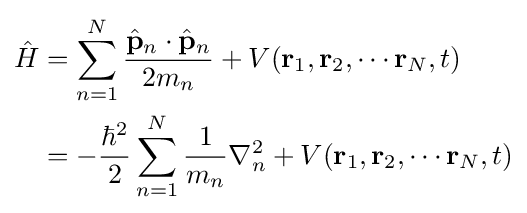
{\begin{aligned}{\hat {H}}&=\sum _{n=1}^{N}{\frac {{\hat {\mathbf {p} }}_{n}\cdot {\hat {\mathbf {p} }}_{n}}{2m_{n}}}+V(\mathbf {r} _{1},\mathbf {r} _{2},\cdots \mathbf {r} _{N},t)\\&=-{\frac {\hbar ^{2}}{2}}\sum _{n=1}^{N}{\frac {1}{m_{n}}}\nabla _{n}^{2}+V(\mathbf {r} _{1},\mathbf {r} _{2},\cdots \mathbf {r} _{N},t)\end{aligned}}